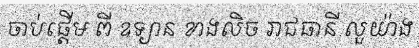
ចាប់ផ្តើម ពី ឧទ្យាន ខាងលិច រាជធានី លួយ៉ាង